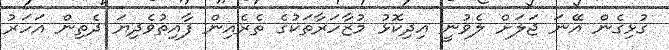
ގުޅިގެން އޭނަ ޖަލަށް ލެވުނީ އިިދިކޮޅު މުޒާހަރާތަކުގެ ތެރެއިން ފާއިތުވެދިޔަ ދެތިން އަހަރު